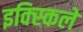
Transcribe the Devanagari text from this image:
इक्स्किले